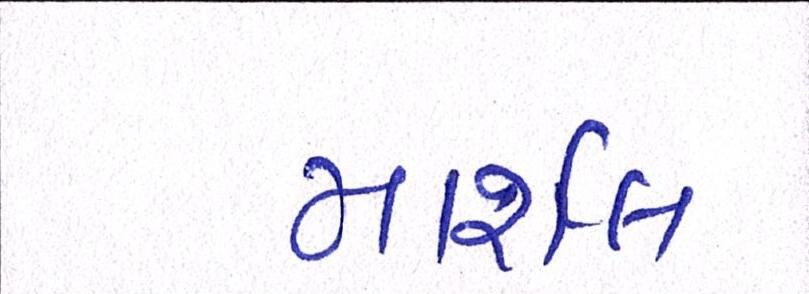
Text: માર્શલ